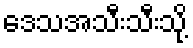
ဒေသအသီးသီးသို့